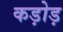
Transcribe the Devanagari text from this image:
कड़ोड़